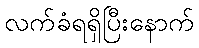
လက်ခံရရှိပြီးနောက်